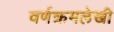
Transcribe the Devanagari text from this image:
वर्णक्रमलेखी